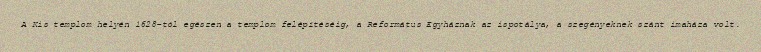
A Kis templom helyén 1628-tól egészen a templom felépítéséig, a Református Egyháznak az ispotálya, a szegényeknek szánt imaháza volt.